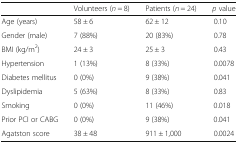
<table><thead><tr><td></td><td><b>Volunteers (<i>n</i> = 8)</b></td><td><b>Patients (<i>n</i> = 24)</b></td><td><b><i>p</i> value</b></td></tr></thead><tbody><tr><td>Age (years)</td><td>58 ± 6</td><td>62 ± 12</td><td>0.10</td></tr><tr><td>Gender (male)</td><td>7 (88%)</td><td>20 (83%)</td><td>0.78</td></tr><tr><td>BMI (kg/m<sup>2</sup>)</td><td>24 ± 3</td><td>25 ± 3</td><td>0.43</td></tr><tr><td>Hypertension</td><td>1 (13%)</td><td>8 (33%)</td><td>0.0078</td></tr><tr><td>Diabetes mellitus</td><td>0 (0%)</td><td>9 (38%)</td><td>0.041</td></tr><tr><td>Dyslipidemia</td><td>5 (63%)</td><td>8 (33%)</td><td>0.83</td></tr><tr><td>Smoking</td><td>0 (0%)</td><td>11 (46%)</td><td>0.018</td></tr><tr><td>Prior PCI or CABG</td><td>0 (0%)</td><td>9 (38%)</td><td>0.041</td></tr><tr><td>Agatston score</td><td>38 ± 48</td><td>911 ± 1,000</td><td>0.0024</td></tr></tbody></table>